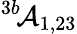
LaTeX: ^{3b}\! {\cal A}_{1,23}